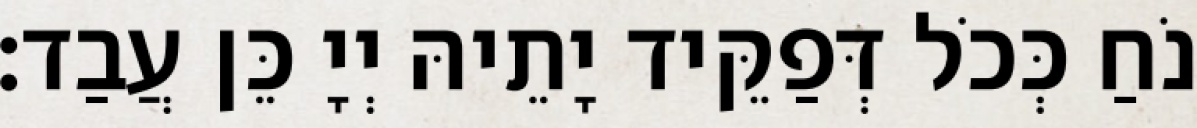
נֹחַ כְּכֹל דְּפַקֵּיד יָתֵיהּ יְיָ כֵּן עֲבַד׃